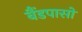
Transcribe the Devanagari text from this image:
बैंडपासों